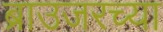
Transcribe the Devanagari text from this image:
ब्राउजरच्या